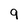
Character: 9